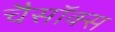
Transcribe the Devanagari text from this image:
चैसॉक्स